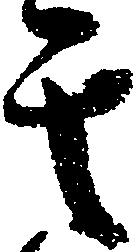
其